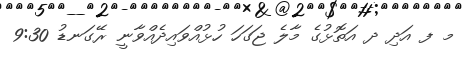
މ ފ އަދި ދ އަތޮޅުގެ މާލެ ޖަގަހަ ހުޅުއްވައިދެއްވާނީ ރޭގަނޑު 9:30